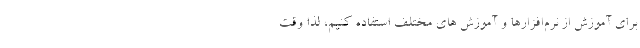
برای آموزش از نرم‌افزارها و آموزش های مختلف استفاده کنیم، لذا وقت